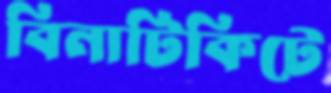
বিনাটিকিটে